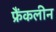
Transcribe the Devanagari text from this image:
फ्रैंकलीन